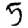
Digit: 5